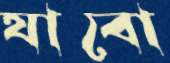
যাবো